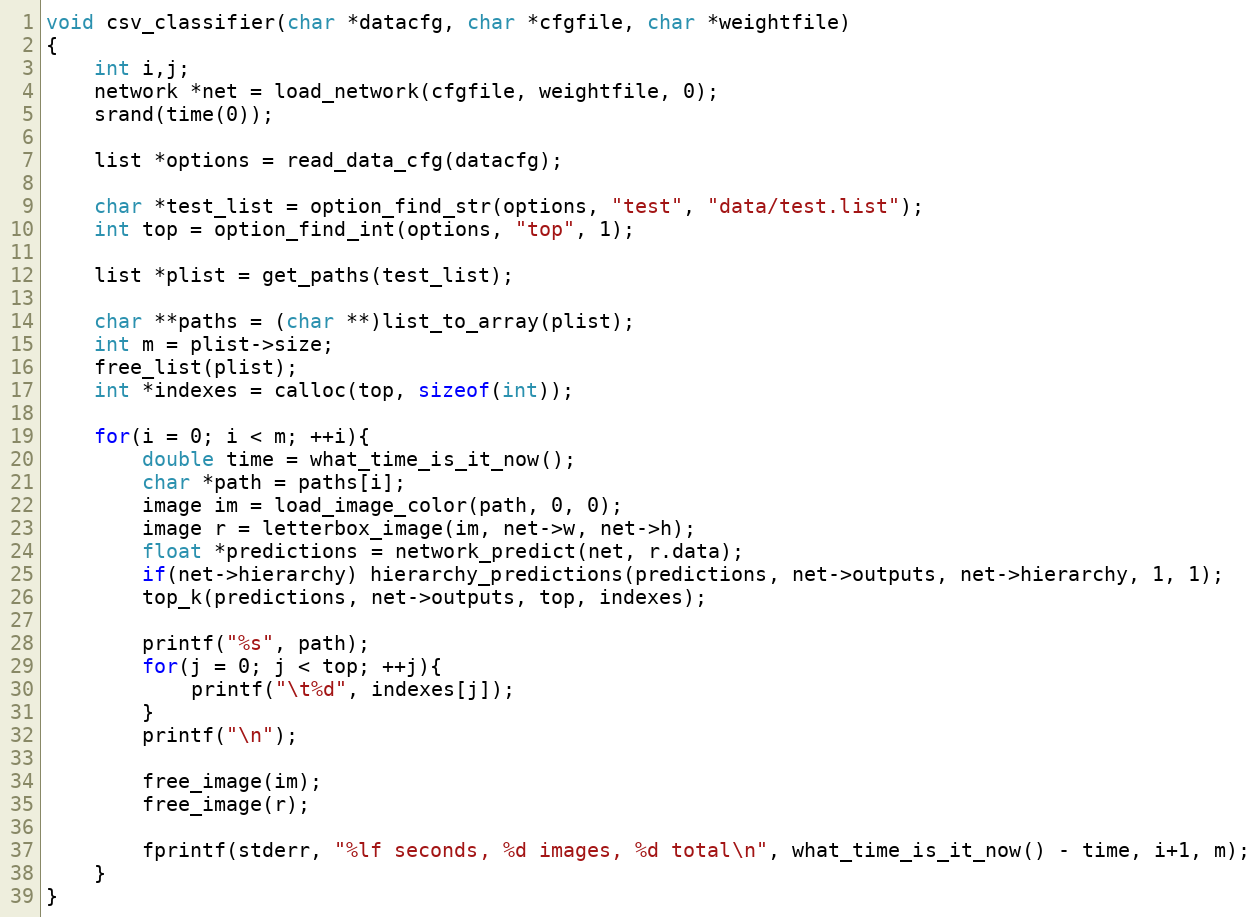
Language: C
void csv_classifier(char *datacfg, char *cfgfile, char *weightfile)
{
    int i,j;
    network *net = load_network(cfgfile, weightfile, 0);
    srand(time(0));

    list *options = read_data_cfg(datacfg);

    char *test_list = option_find_str(options, "test", "data/test.list");
    int top = option_find_int(options, "top", 1);

    list *plist = get_paths(test_list);

    char **paths = (char **)list_to_array(plist);
    int m = plist->size;
    free_list(plist);
    int *indexes = calloc(top, sizeof(int));

    for(i = 0; i < m; ++i){
        double time = what_time_is_it_now();
        char *path = paths[i];
        image im = load_image_color(path, 0, 0);
        image r = letterbox_image(im, net->w, net->h);
        float *predictions = network_predict(net, r.data);
        if(net->hierarchy) hierarchy_predictions(predictions, net->outputs, net->hierarchy, 1, 1);
        top_k(predictions, net->outputs, top, indexes);

        printf("%s", path);
        for(j = 0; j < top; ++j){
            printf("\t%d", indexes[j]);
        }
        printf("\n");

        free_image(im);
        free_image(r);

        fprintf(stderr, "%lf seconds, %d images, %d total\n", what_time_is_it_now() - time, i+1, m);
    }
}